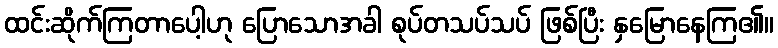
ထင်းဆိုက်ကြတာပေါ့ဟု ပြောသောအခါ စုပ်တသပ်သပ် ဖြစ်ပြီး နှမြောနေကြ၏။